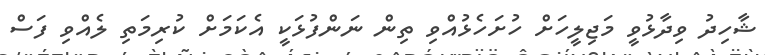
ޝާހިދު ވިދާޅުވީ މަޖިލީހަށް ހުށަހެޅުއްވި ތިން ނަންފުޅަކީ އެކަމަށް ކުރިމަތި ލެއްވި ފަސް